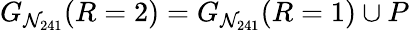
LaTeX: G_{\mathcal{N}_{241}}(R=2)=G_{\mathcal{N}_{241}}(R=1)\cup P